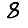
Digit: 8